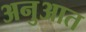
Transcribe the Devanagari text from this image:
अनुआत